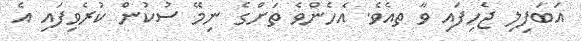
އަބަފިލި ޖެހިފައި ވާ ތއެވެ. އެހެންވެ ތަށްގެ ނިމޭ ސުކުން ކުރެވިފައި އެ